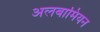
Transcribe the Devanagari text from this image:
अलबामियन